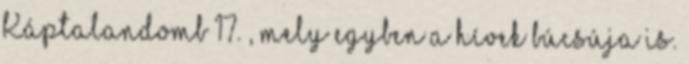
Káptalandomb 17. , mely egyben a hívek búcsúja is.